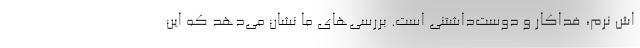
اش نرم، فداکار و دوست‌داشتنی است. بررسی‌های ما نشان می‌دهد که این